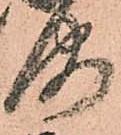
海